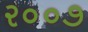
ર૦૦૭